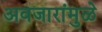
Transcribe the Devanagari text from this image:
अवजारांमुळे